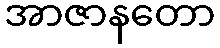
အာဇာနတော